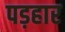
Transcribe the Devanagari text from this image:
पड़हार